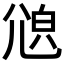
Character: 𡯫